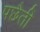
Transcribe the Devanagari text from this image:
पछैती